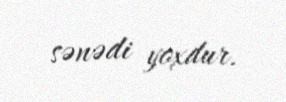
sənədi yoxdur.